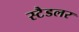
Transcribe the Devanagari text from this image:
स्टैडलर